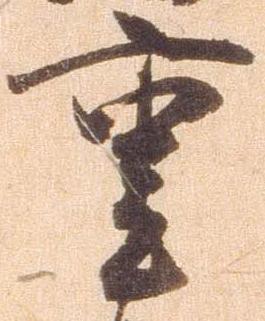
重